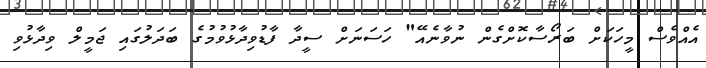
އެއްވެސް މީހަކަށް ބަރޯސާކޮށްގެން ނުވާނެއޭ" ހަސަނަށް ސީދާ ފާޑުވިދާޅުވުމުގެ ބަދަލުގައި ޖަމީލް ވިދާޅުވި